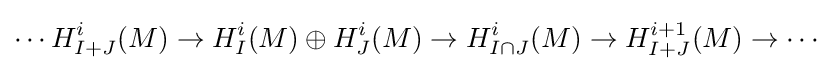
\cdots H_{I+J}^{i}(M)\to H_{I}^{i}(M)\oplus H_{J}^{i}(M)\to H_{I\cap J}^{i}(M)\to H_{I+J}^{i+1}(M)\to \cdots